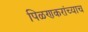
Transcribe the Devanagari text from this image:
पिळणकरांच्याच